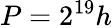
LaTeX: P=2^{19}h